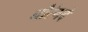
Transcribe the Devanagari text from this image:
नौरंगदे